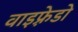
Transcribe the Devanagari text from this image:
वाइफ़्रेडो